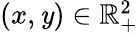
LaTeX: \textstyle(x,\mathit{y})\in\mathbb{{R}}_{+}^{2}